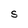
Character: s